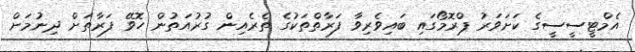
އެމްޓީސީސީގެ ކަށަވަރު ޕްރޮމޯގައި ބައިވެރިވާ ފަރާތްތަކުގެ ތެރެއިން ގުރުއަތުން ހޮވޭ ފަރާތަށް ދިނުމަށް